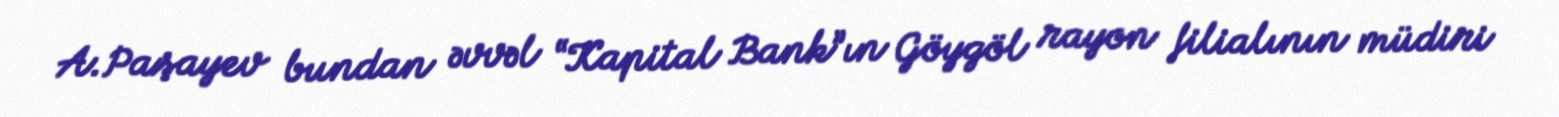
A.Paşayev bundan əvvəl “Kapital Bank”ın Göygöl rayon filialının müdiri